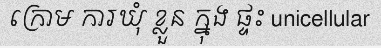
ក្រោម ការឃុំ ខ្លួន ក្នុង ផ្ទះ unicellular